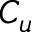
C _ { u }